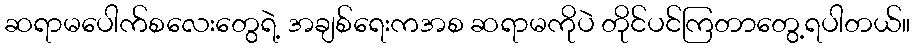
ဆရာမပေါက်စလေးတွေရဲ့ အချစ်ရေးကအစ ဆရာမကိုပဲ တိုင်ပင်ကြတာတွေ့ရပါတယ်။